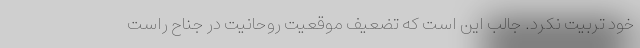
خود تربیت نکرد. جالب این است که تضعیف موقعیت روحانیت در جناح راست